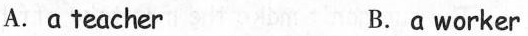
A.a teacher B.a worker